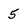
Character: 5